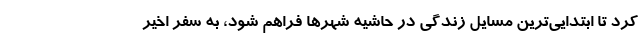
کرد تا ابتدایی‌ترین مسایل زندگی در حاشیه شهرها فراهم شود، به سفر اخیر